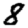
Digit: 8